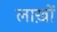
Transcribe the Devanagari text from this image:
लाख़ों